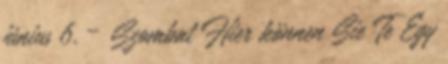
június 6. – Szombat Hier können Sie Te Egy